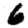
Digit: 6